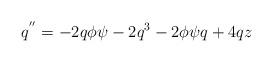
LaTeX: \begin{align*}q^{''} = - 2 q \phi \psi - 2 q^{3} -2 \phi \psi q + 4 q z \end{align*}